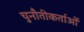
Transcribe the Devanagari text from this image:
चुनौतीकर्ताओं